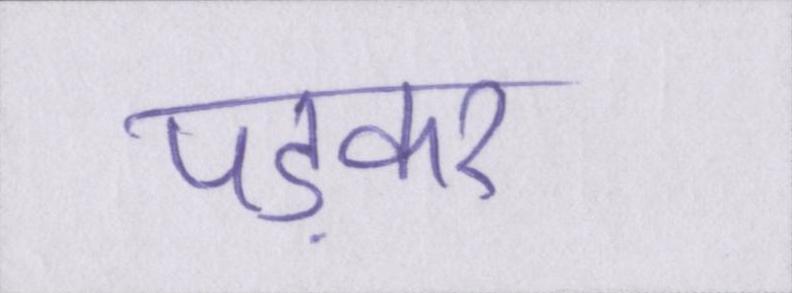
पड़कर